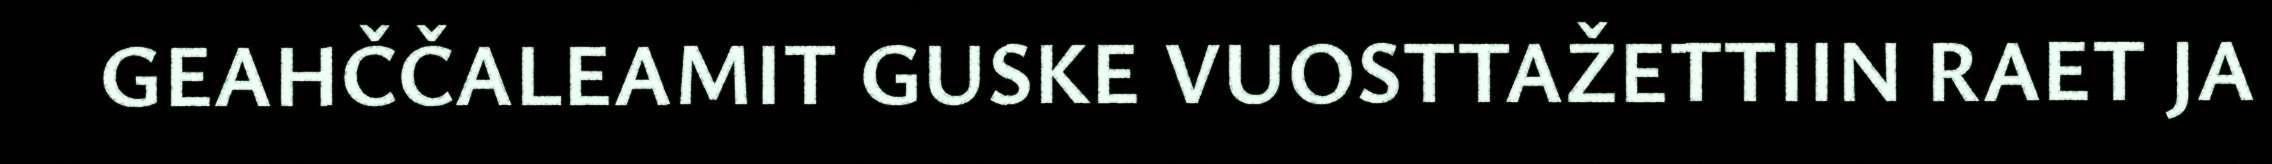
GEAHČČALEAMIT GUSKE VUOSTTAŽETTIIN RAET JA